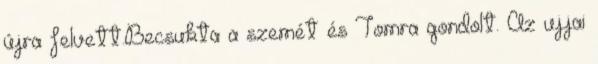
újra felvett.Becsukta a szemét és Tomra gondolt. Az ujjai